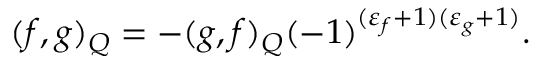
( f , g ) _ { Q } = - ( g , f ) _ { Q } ( - 1 ) ^ { ( \varepsilon _ { f } + 1 ) ( \varepsilon _ { g } + 1 ) } .